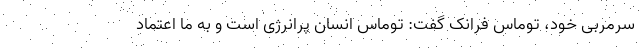
سرمربی خود، توماس فرانک گفت: توماس انسان پرانرژی است و به ما اعتماد